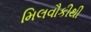
મિલવૌકીથી